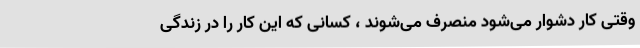
وقتی کار دشوار می‌شود منصرف می‌شوند ، کسانی که این کار را در زندگی